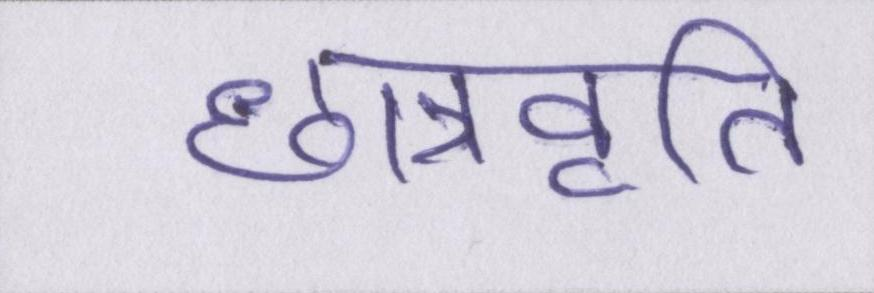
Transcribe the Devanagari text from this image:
छात्रवृति